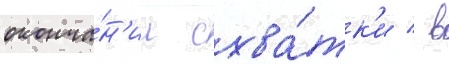
оконча́н'ии схва́тк'и / в